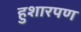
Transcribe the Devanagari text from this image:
हुशारपण